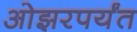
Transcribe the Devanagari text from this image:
ओझरपर्यंत